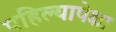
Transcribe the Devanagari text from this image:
पहिल्यापेक्षा